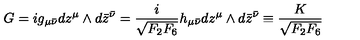
G = i g _ { \mu \bar { \nu } } d z ^ { \mu } \wedge d \bar { z } ^ { \bar { \nu } } = { \frac { i } { \sqrt { F _ { 2 } F _ { 6 } } } } h _ { \mu \bar { \nu } } d z ^ { \mu } \wedge d \bar { z } ^ { \bar { \nu } } \equiv { \frac { K } { \sqrt { F _ { 2 } F _ { 6 } } } }